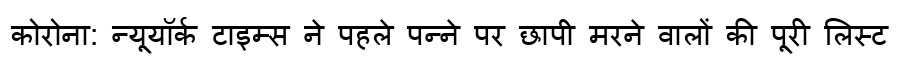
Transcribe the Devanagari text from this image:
कोरोना: न्यूयॉर्क टाइम्स ने पहले पन्ने पर छापी मरने वालों की पूरी लिस्ट